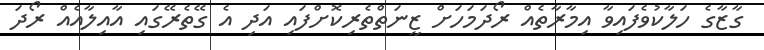
ގާޒާގެ ހަލާކުވެފައިވާ އިމާރާތެއް ރޯދަމަހަށް ޒީނަތްތެރިކޮށްފައި އަދި އެ ގޭތެރޭގައި އާއިލާއެއް ރޯދަ